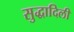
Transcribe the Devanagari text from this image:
सुद्धादिली